Report on sanitation, dispensaries, and jails in Rajputana for 1914, and on vaccination for the year 1914-1915 - 1914-1915
Year: 1914
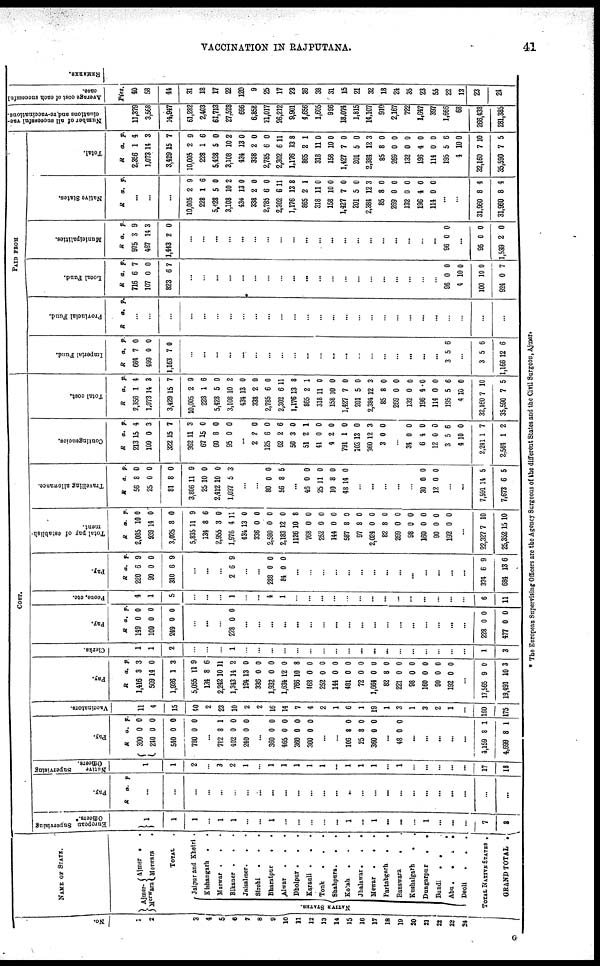
VACCINATION IN RAJPUTANA.
41
No.
1
2
3
4
5
6
7
8
9
10
11
12
13
14
15
16
17
18
19
20
21
22
23
24
NAME OF STATE.
Ajmer-
Merwara
Ajmer . .
Merwara .
TOTAL .
NATIVE STATES.
Jaipur and Khetri .
Kishangarh . .
Marwar .
. .
Bikaner .
. .
Jaisalmer.
. .
Sirohi
. . .
Bharatpur . .
Alwar
.
. .
Dholpur . . .
Karauli .
. .
Tonk
. . .
Shahpura.
.
.
Kotah . . .
Jhalawar.
.
.
Mewar .
.
.
Partabgarh
.
.
Banswara . .
Kushalgarh
. .
Dungarpur
.
.
Bundi
. .
Abu .
.
.
.
Deoli . . .
TOTAL NATIVE STATES .
GRAND TOTAL .
COST.
European Supervising
Officers.*
1
1
1
...
1
1
...
...
1
...
...
...
...
...
1
...
1
...
...
...
1
...
...
...
7
8
Pay.
R a. p.
...
...
...
...
...
...
...
...
...
...
...
...
...
...
...
...
...
...
...
...
...
...
...
...
...
...
Native
Supervising
Officers.
1
1
2
...
3
2
1
...
1
1
1
1
1
...
1
1
1
...
1
...
...
...
...
...
17
18
Pay.
R
300
240
540
780
a.
0
0
0
0
p.
0
0
0
0
...
712
402
240
8
0
0
1
0
0
...
360
465
360
300
0
0
0
0
0
0
0
0
...
...
106
25
360
8
8
0
0
0
0
...
48 0 0
...
...
...
...
...
4,159
4,699
8
8
1
1
Vaccinators.
11
4
15
40
2
23
10
2
2
16
14
7
4
2
1
6
1
19
1
3
1
3
2
1
...
160
175
Pay.
R
1,416
509
1,926
5,055
134
2,242
1,343
194
336
1,932
1,634
766
468
252
144
481
72
1,664
82
221
98
160
90
192
a.
3
14
1
11
8
10
14
13
0
0
12
10
0
0
0
0
0
0
8
0
0
0
0
0
p.
3
0
3
9
6
11
2
0
0
0
0
8
0
0
0
0
0
0
0
0
0
0
0
0
...
17,565
19,491
9
10
0
3
Clerks.
1
1
2
...
...
...
1
...
...
...
...
...
...
...
...
...
...
...
...
...
...
...
...
...
...
1
3
Pay.
R
149
100
249
a.
0
0
0
p.
0
0
0
...
...
...
228 0 0
...
...
...
...
...
...
...
...
...
...
...
...
...
...
...
...
...
...
228
477
0
0
0
0
Peons, etc.
4
1
5
...
...
...
1
...
...
4
1
...
...
...
...
...
...
...
...
...
...
...
...
...
...
6
11
Pay.
R
220
90
310
a.
6
0
6
p.
9
0
9
...
...
...
2 6 9
...
...
288
84
0
0
0
0
...
...
...
...
...
...
...
...
...
...
...
...
...
...
374
684
6
13
9
6
Total pay of establish-
ment.
R
2,085
939
3,025
5,835
134
2,955
1,976
434
336
2,580
2,183
1126
768
252
144
587
97
2,024
82
269
98
160
90
192
a.
10
14
8
11
8
3
4
13
0
0
12
10
0
0
0
8
8
0
8
0
0
0
0
0
p.
0
0
0
9
6
0
11
0
0
0
0
8
0
0
0
0
0
0
0
0
0
0
0
0
...
22,327
25,352
7
15
10
10
Travelling allowance.
R
56
25
81
3,806
25
2,412
1,037
a.
8
0
8
11
10
10
5
p.
0
0
0
9
0
0
3
...
...
80
56
0
3
0
5
...
46
25
10
48
0
11
8
14
0
0
0
0
...
...
...
...
...
30
12
0
0
0
0
...
...
7,591
7,673
14
6
5
5
Contingencies.
R
213
109
322
362
67
60
95
a.
15
0
15
11
15
8
0
p.
4
3
7
3
0
0
0
...
2
125
62
50
51
41
4
791
103
360
3
2
6
2
3
2
0
2
1
13
12
0
0
0
6
0
1
0
0
0
0
3
0
...
34
6
12
3
4
2,241
2,564
0
4
0
5
10
1
1
0
0
0
6
0
7
2
Total cost.
R
2,356
1,073
3,429
10,005
228
5,428
3,108
434
338
2,785
2,302
1,176
865
318
158
1,427
201
2,384
85
269
132
196
114
195
4
32,160
35,590
a.
1
14
15
2
1
5
10
13
2
6
6
13
2
11
10
7
5
12
8
0
0
4
0
5
10
7
7
p.
4
3
7
9
6
0
2
0
0
0
11
8
1
0
0
0
0
3
0
0
0
0
0
6
0
10
5
PAID FROM
Imperial Fund.
R
664
499
1,163
a.
7
0
7
p.
0
0
0
...
...
...
...
...
...
...
...
...
...
...
...
...
...
...
...
...
...
...
...
3 5 6
...
3
1,166
5
12
6
6
Provincial Fund.
R a. p.
...
...
...
...
...
...
...
...
...
...
...
...
...
...
...
...
...
...
...
...
...
...
...
...
...
...
...
Local Fund.
R
716
107
823
a.
6
0
6
p.
7
0
7
...
...
...
...
...
...
...
...
...
...
...
...
...
...
...
...
...
...
...
...
96
4
100
924
0
10
10
0
0
0
0
7
Municipalities.
R
975
467
1,443
a.
3
14
2
p.
9
3
0
...
...
...
...
...
...
...
...
...
...
...
...
...
...
...
...
...
...
...
...
96 0 0
...
96
1,539
0
2
0
0
Native States.
R a. p.
...
...
...
10,005
228
5,428
3,108
434
338
2,785
2,302
1,176
865
318
158
1,427
201
2,384
85
269
132
196
114
2
1
5
10
13
2
6
6
13
2
11
10
7
5
12
8
0
0
4
0
9
6
0
2
0
0
0
11
8
1
0
0
0
0
3
0
0
0
0
0
...
...
31,960
31,960
8
8
4
4
Total.
R
2,356
1,073
3,429
10,005
228
5,428
3,108
434
338
2,785
2,302
1,176
865
318
158
1,427
201
2,384
85
269
132
196
114
195
4
32,160
35,590
a.
1
14
15
2
1
5
10
13
2
6
6
13
2
11
10
7
5
12
8
0
0
4
0
5
10
7
7
p.
4
3
7
9
6
0
2
0
0
0
11
8
1
0
0
0
0
3
0
0
0
0
0
6
0
10
5
N umber of all successful vac-
cinations and re-vaccinations.
11,379
3,568
14,947
61,282
2,403
61,713
27,528
696
6,852
21,017
26,212
9,901
4,656
1,605
996
18,074
1,815
14,107
910
2,167
722
1,647
397
1,666
68
266,438
281,385
Average cost of each successful
case.
Pies.
40
58
44
31
18
17
22
120
9
25
17
23
36
38
31
15
21
32
18
24
35
23
55
22
13
23
24
* The European Supervising Officers are the Agency Surgeons of the different States and the Civil Surgeon, Ajmer.